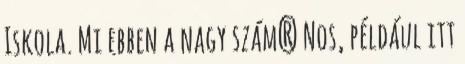
Iskola. Mi ebben a nagy szám? Nos, például itt